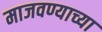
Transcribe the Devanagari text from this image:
माजवण्याच्या